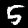
Digit: 5